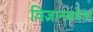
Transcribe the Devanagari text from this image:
विज्ञानकथेला